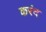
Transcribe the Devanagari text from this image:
करंद